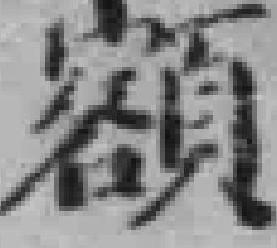
額